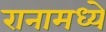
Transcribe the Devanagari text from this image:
रानामध्ये